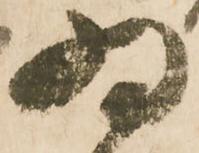
為